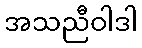
အသညီဝါဒါ